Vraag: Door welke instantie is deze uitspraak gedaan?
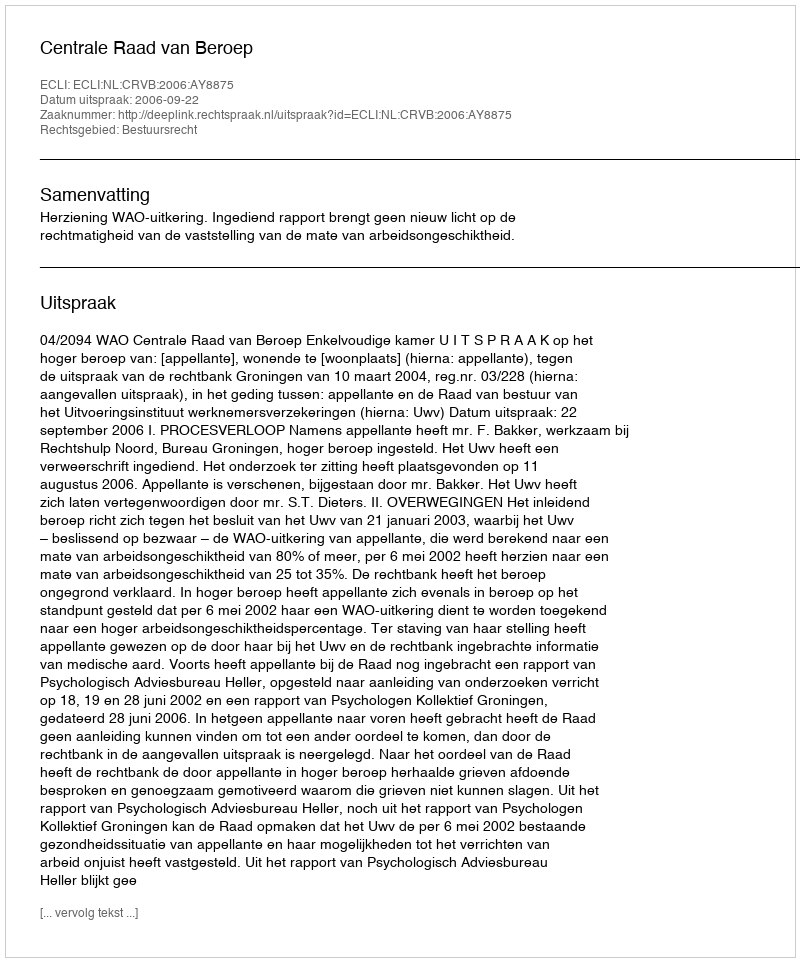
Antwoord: Centrale Raad van Beroep